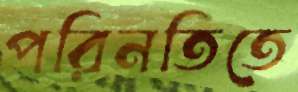
পরিনতিতে